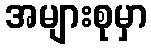
အများစုမှာ